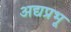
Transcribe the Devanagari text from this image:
अद्यप्रभू